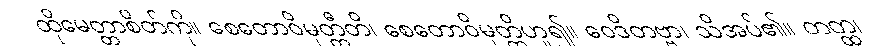
ထိုမေတ္တာစိတ်ကို။ စေတောဝိမုတ္တီတိ၊ စေတောဝိမုတ္တိဟူ၍။ ဝေဒိတဗ္ဗာ၊ သိအပ်၏။ တတ္ထ၊